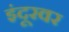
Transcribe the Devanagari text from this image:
इंदूरवर